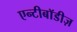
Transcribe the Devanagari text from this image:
एन्टीबॉडीज़